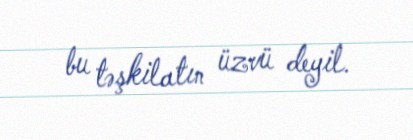
bu təşkilatın üzvü deyil.